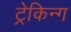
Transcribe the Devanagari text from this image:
ट्रेकिन्ग